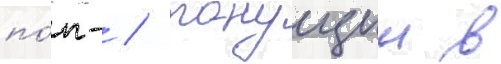
по́п- / тонущии в